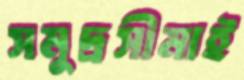
সমুদ্রসীমাই